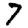
Digit: 7